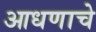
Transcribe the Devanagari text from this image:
आधणाचे